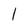
Character: 1